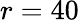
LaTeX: r=40